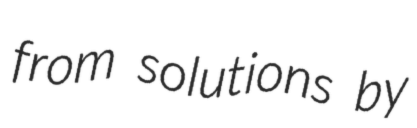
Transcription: from solutions by